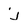
Character: j